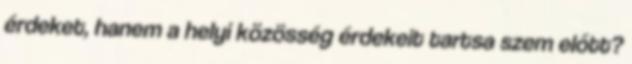
érdeket, hanem a helyi közösség érdekeit tartsa szem előtt?